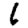
Digit: 6